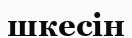
шкесін